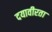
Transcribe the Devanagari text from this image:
दयावीरता